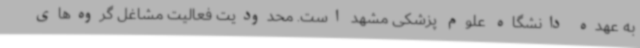
به عهده دانشگاه علوم پزشکی مشهد است. محدودیت‌ فعالیت مشاغل گروه‌های